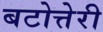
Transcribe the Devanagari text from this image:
बटोत्तेरी